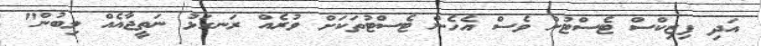
އަދި ފިޒިކްސް ޓެސްޓުން ވެސް އެހެން ޓެސްޓުތަކަށް ވުރެއް ރަނގަޅު ނަތީޖާއެއް ލިބުން"